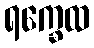
ရက္ခေထ